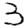
Digit: 3